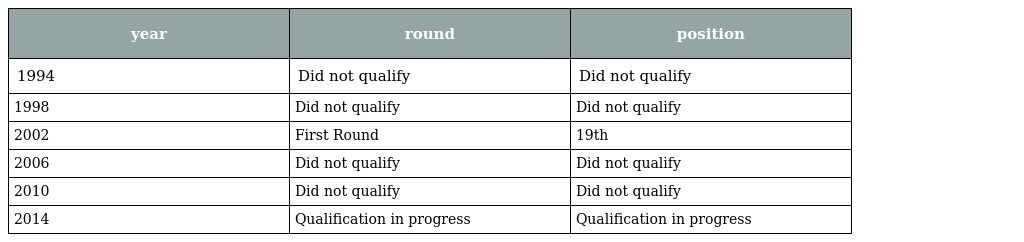
| year | round | position |
 | --- | --- | --- |
 | 1994 | Did not qualify | Did not qualify |
 | 1998 | Did not qualify | Did not qualify |
 | 2002 | First Round | 19th |
 | 2006 | Did not qualify | Did not qualify |
 | 2010 | Did not qualify | Did not qualify |
 | 2014 | Qualification in progress | Qualification in progress |